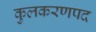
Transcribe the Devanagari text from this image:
कुलकरणपद